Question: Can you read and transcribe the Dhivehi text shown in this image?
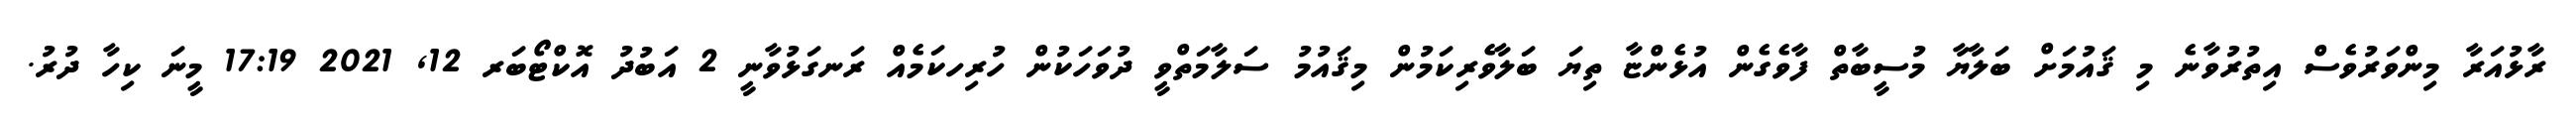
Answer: ރާޅުއަރާ މިންވަރުވެސް އިތުރުވާނެ މި ޤައުމަށް ބަލާޔާ މުސީބާތް ފާވެގެން އުޅެންޏާ ތިޔަ ބަލާވެރިކަމުން މިޤައުމު ސަލާމަތްވީ ދުވަހަކުން ހުރިހކަމެއް ރަނގަޅުވާނީ 2 އަބުދު އޮކްޓޯބަރ 12, 2021 17:19 މީނަ ކިހާ ދުރު.